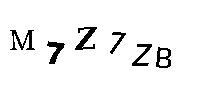
M7Z7ZB